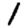
Digit: 1